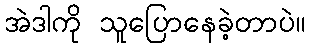
အဲဒါကို သူပြောနေခဲ့တာပဲ။